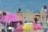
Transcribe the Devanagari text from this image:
राधेची